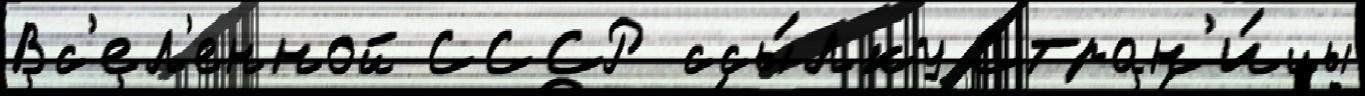
Вс'ел'енной СССР ссы́лку Стран'и́цы